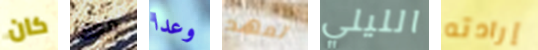
كان معك وعدا تعهد الليلي إرادته